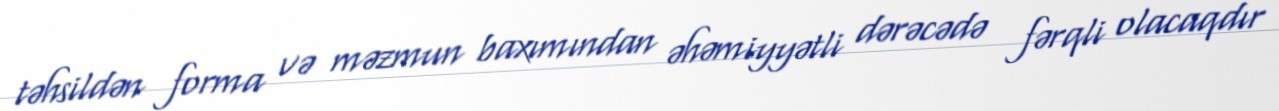
təhsildən forma və məzmun baxımından əhəmiyyətli dərəcədə fərqli olacaqdır